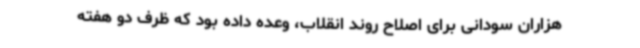
هزاران سودانی برای اصلاح روند انقلاب، وعده داده بود که ظرف دو هفته